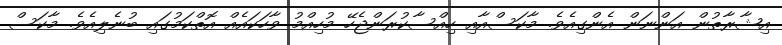
އިޝާރާތުން އަންނަން އެންގިއެވެ. މާކަސްއާއި ހިއްސާކުރަންޖެހޭ މުހިއްމު ވާހަކައެއް އޮތްކަމުގައި ބުނެލިއެވެ. މާކަސް